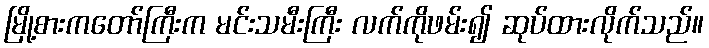
မြို့စားကတော်ကြီးက မင်းသမီးကြီး လက်ကိုဖမ်း၍ ဆုပ်ထားလိုက်သည်။